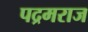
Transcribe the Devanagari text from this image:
पद्रमराज